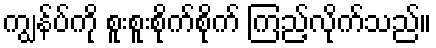
ကျွန်ပ်ကို စူးစူးစိုက်စိုက် ကြည့်လိုက်သည်။